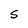
Character: s